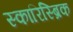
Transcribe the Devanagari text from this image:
स्कारिस्ब्रिक